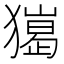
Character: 𤢠